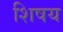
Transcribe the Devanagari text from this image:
शिषय